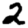
Digit: 2